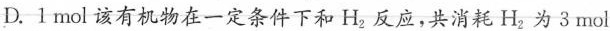
D.1mol该有机物在一定条件下和H_{2}反应，共消耗H_{2}为3mol